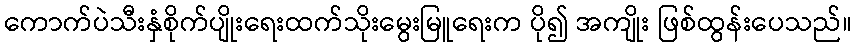
ကောက်ပဲသီးနှံစိုက်ပျိုးရေးထက်သိုးမွေးမြူရေးက ပို၍ အကျိုး ဖြစ်ထွန်းပေသည်။